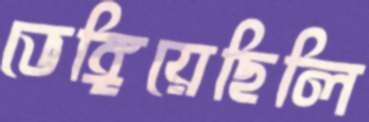
ভেঙ্গিয়েছিলি